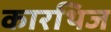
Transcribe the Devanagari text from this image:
कारथिज